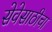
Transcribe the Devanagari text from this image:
सेवेसाठीचा